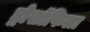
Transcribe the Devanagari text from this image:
ड्रोसॉफिला